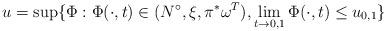
LaTeX: \begin{align*}u=\sup\{ \Phi: \Phi(\cdot, t)\in (N^\circ, \xi, \pi^*\omega^T), \lim_{t\rightarrow 0, 1}\Phi(\cdot, t)\leq u_{0, 1}\}\end{align*}